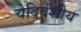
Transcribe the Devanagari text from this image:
चेदिवंशीय